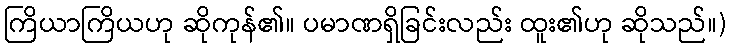
ကြိယာကြိယဟု ဆိုကုန်၏။ ပမာဏရှိခြင်းလည်း ထူး၏ဟု ဆိုသည်။)